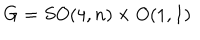
G = S O ( 4 , n ) \times O ( 1 , 1 )